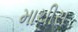
માચીસ